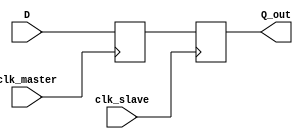
module master_slave_sync (
    input wire D,              // Data input to be synchronized
    input wire clk_master,     // Clock signal for the master flip-flop
    input wire clk_slave,      // Clock signal for the slave flip-flop
    output reg Q_out          // Synchronized output
);

    reg Q_master;              // Output of the master flip-flop

    // Master flip-flop: captures input data D on the rising edge of clk_master
    always @(posedge clk_master) begin
        Q_master <= D;
    end

    // Slave flip-flop: captures the master output Q_master on the rising edge of clk_slave
    always @(posedge clk_slave) begin
        Q_out <= Q_master;
    end

endmodule